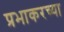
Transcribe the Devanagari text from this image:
प्रभाकरच्या